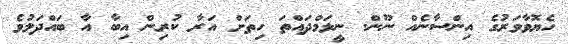
ހެޔޮވާވަރުގެ އިންސާނެއް ނޫން. ނީލަމްދައްތަ ހިތަށް އަރާ ކުރިން އިބާ އާ ބައްދަލުވެ